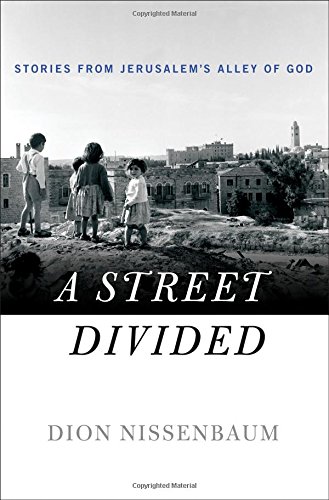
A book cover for A Street Divided: Stories From Jerusalem's Alley of God; Dion Nissenbaum; History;